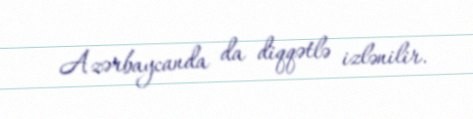
Azərbaycanda da diqqətlə izlənilir.